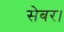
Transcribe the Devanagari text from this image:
सेबर।